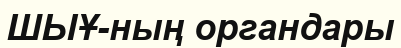
ШЫҰ-ның органдары